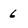
Character: 6